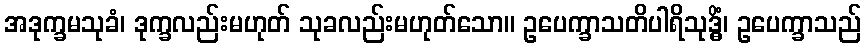
အဒုက္ခမသုခံ၊ ဒုက္ခလည်းမဟုတ် သုခလည်းမဟုတ်သော။ ဥပေက္ခာသတိပါရိသုဒ္ဓိံ၊ ဥပေက္ခာသည်